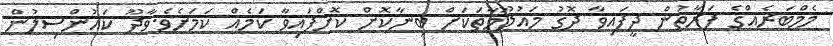
މެމްބަރެއްގެ ފަރާތުން ދީފައިވާ ދޮގު މައުލޫމާތަކަށް ބިނާކޮށް ކޮށްފައިވާ ކަމެއް ކަމަށެވެ.ވާދޫ ކައުންސިލުން